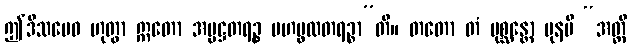
ဤဒိသမေဝ ဟုတွာ ဣတော အပ္ပဋ္ဌတရဉ္စ မဟပ္ဖလတရဉ္စာ”တိ။ တတော တံ ပုစ္ဆန္တော ပုနပိ “အတ္ထိ